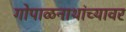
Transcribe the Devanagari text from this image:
गोपाळनाथांच्यावर